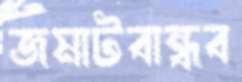
জমাটবান্ধব